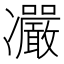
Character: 𠘥